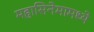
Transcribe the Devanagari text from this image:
महासिनेमामध्ये